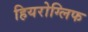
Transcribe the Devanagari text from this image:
हियरोग्लिफ